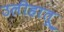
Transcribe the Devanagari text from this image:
उलीहातू